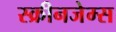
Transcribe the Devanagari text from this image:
स्क्रीनजेम्स